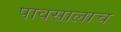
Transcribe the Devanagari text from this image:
पावसालाच